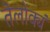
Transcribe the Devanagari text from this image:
तॆलोक्यं